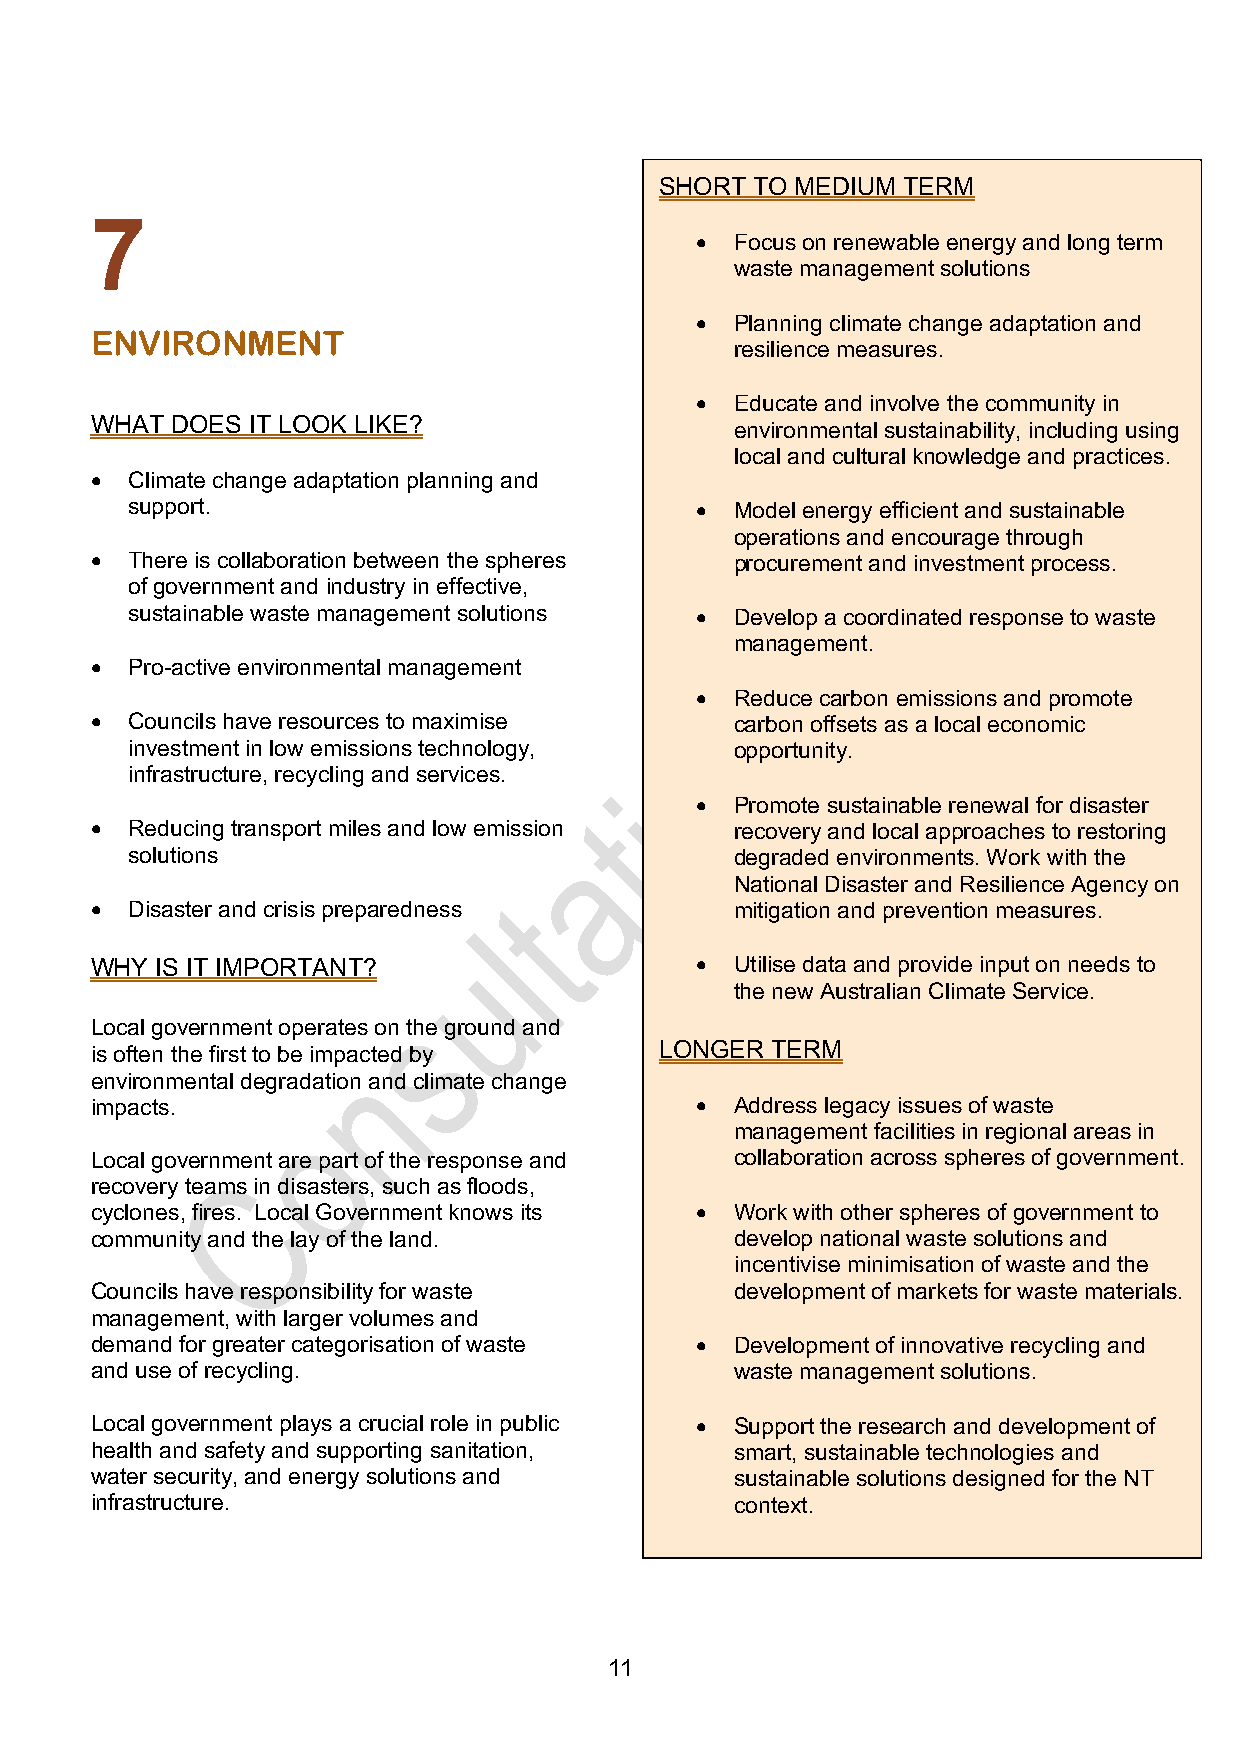
SHORT TO MEDIUM TERM
 7
 •  Focus on renewable energy and long term
 waste management solutions
 •  Planning climate change adaptation and
 ENVIRONMENT
 resilience measures.
 •  Educate and involve the community in
 WHAT DOES IT LOOK LIKE?
 environmental sustainability, including using
 local and cultural knowledge and practices.
 • Climate change adaptation planning and
 support.                              •  Model energy efficient and sustainable
 operations and encourage through
 • There is collaboration between the spheres procurement and investment process.
 of government and industry in effective,
 sustainable waste management solutions • Develop a coordinated response to waste
 management.
 • Pro-active environmental management
 •  Reduce carbon emissions and promote
 • Councils have resources to maximise      carbon offsets as a local economic
 investment in low emissions technology,  opportunity.
 infrastructure, recycling and services.
 •  Promote sustainable renewal for disaster
 • Reducing transport miles and low emission recovery and local approaches to restoring
 solutions                                degraded environments. Work with the
 National Disaster and Resilience Agency on
 • Disaster and crisis preparedness         mitigation and prevention measures.
 WHY IS IT IMPORTANT?                    •  Utilise data and provide input on needs to
 the new Australian Climate Service.
 Local government operates on the ground and
 is often the first to be impacted by  LONGER TERM
 environmental degradation and climate change
 impacts.                                •  Address legacy issues of waste
 management facilities in regional areas in
 Local government are part of the response and collaboration across spheres of government.
 recovery teams in disasters, such as floods,
 cyclones, fires. Local Government knows its • Work with other spheres of government to
 community and the lay of the land.         develop national waste solutions and
 incentivise minimisation of waste and the
 Councils have responsibility for waste     development of markets for waste materials.
 management, with larger volumes and
 demand for greater categorisation of waste • Development of innovative recycling and
 and use of recycling.                      waste management solutions.
 Local government plays a crucial role in public • Support the research and development of
 health and safety and supporting sanitation, smart, sustainable technologies and
 water security, and energy solutions and   sustainable solutions designed for the NT
 infrastructure.                            context.
 11